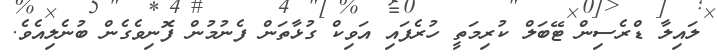
ލައިލާ ޑްރެސިން ޓޭބަލް ކުރިމަތީ ހުރެފައި އަވިކް ގުޅާތަން ފެނުމުން ފޮނިވެގެން ބުނެލިއެވެ.